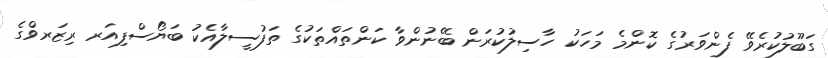
ގަބޫލުކުރެވޭ ފެންވަރުގެ ކޮންމެ މަހަކު ހާސިލުކުރަން ބޭނުންވާ ކަންތައްތަކުގެ ތަފުސީލާއެކު ބަޔޯސްފިއަރ ރިޒަރވްގެ